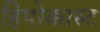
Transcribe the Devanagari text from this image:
हिपोकास्ट